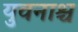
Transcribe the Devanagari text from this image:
युवनाश्च